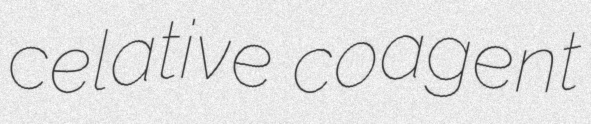
celative coagent